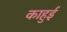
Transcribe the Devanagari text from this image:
काहुई